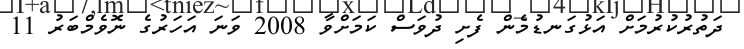
ދަތުރުކުރުމަށް އަޅުގަނޑުމެން ފެށި ދުވަސް ކަަމަށްވާ 2008 ވަނަ އަހަރުގެ ނޮވެމްބަރު 11